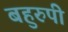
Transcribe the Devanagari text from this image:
बहुरुपी